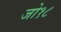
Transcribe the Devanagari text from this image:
जो१८